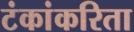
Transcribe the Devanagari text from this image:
टंकांकरिता